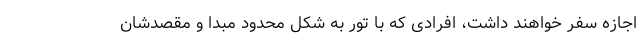
اجازه سفر خواهند داشت، افرادی که با تور به شکل محدود مبدا و مقصدشان